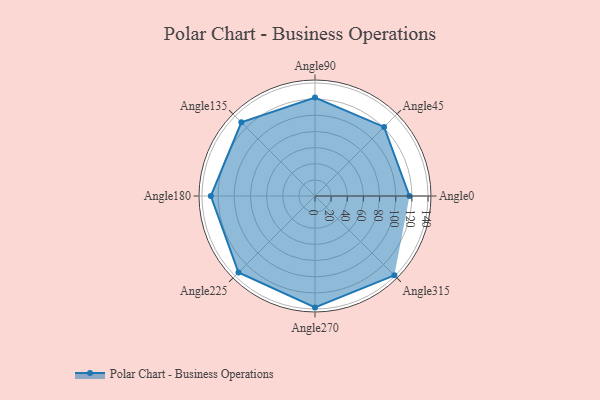
{"axis": {"x": "Angle", "y": "Radius"}, "legend": [""], "data": [{"x": "Angle0", "y": 117.0, "type": ""}, {"x": "Angle45", "y": 121.0, "type": ""}, {"x": "Angle90", "y": 122.0, "type": ""}, {"x": "Angle135", "y": 129.0, "type": ""}, {"x": "Angle180", "y": 129.0, "type": ""}, {"x": "Angle225", "y": 134.0, "type": ""}, {"x": "Angle270", "y": 138.0, "type": ""}, {"x": "Angle315", "y": 139.0, "type": ""}]}